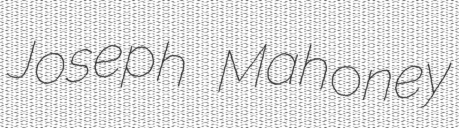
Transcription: Joseph Mahoney